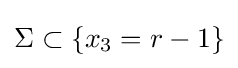
\Sigma \subset \{x_{3}=r-1\}